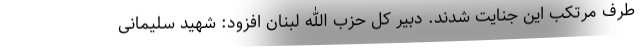
طرف مرتکب این جنایت شدند. دبیر کل حزب الله لبنان افزود: شهید سلیمانی